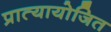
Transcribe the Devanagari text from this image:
प्रात्यायोजित